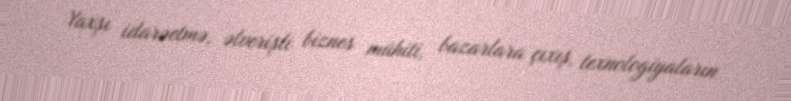
Yaxşı idarəetmə, əlverişli biznes mühiti, bazarlara çıxış, texnologiyaların